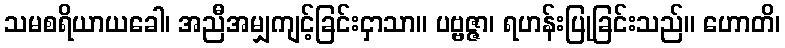
သမစရိယာယခေါ၊ အညီအမျှကျင့်ခြင်းငှာသာ။ ပဗ္ဗဇ္ဇာ၊ ရဟန်းပြုခြင်းသည်။ ဟောတိ၊